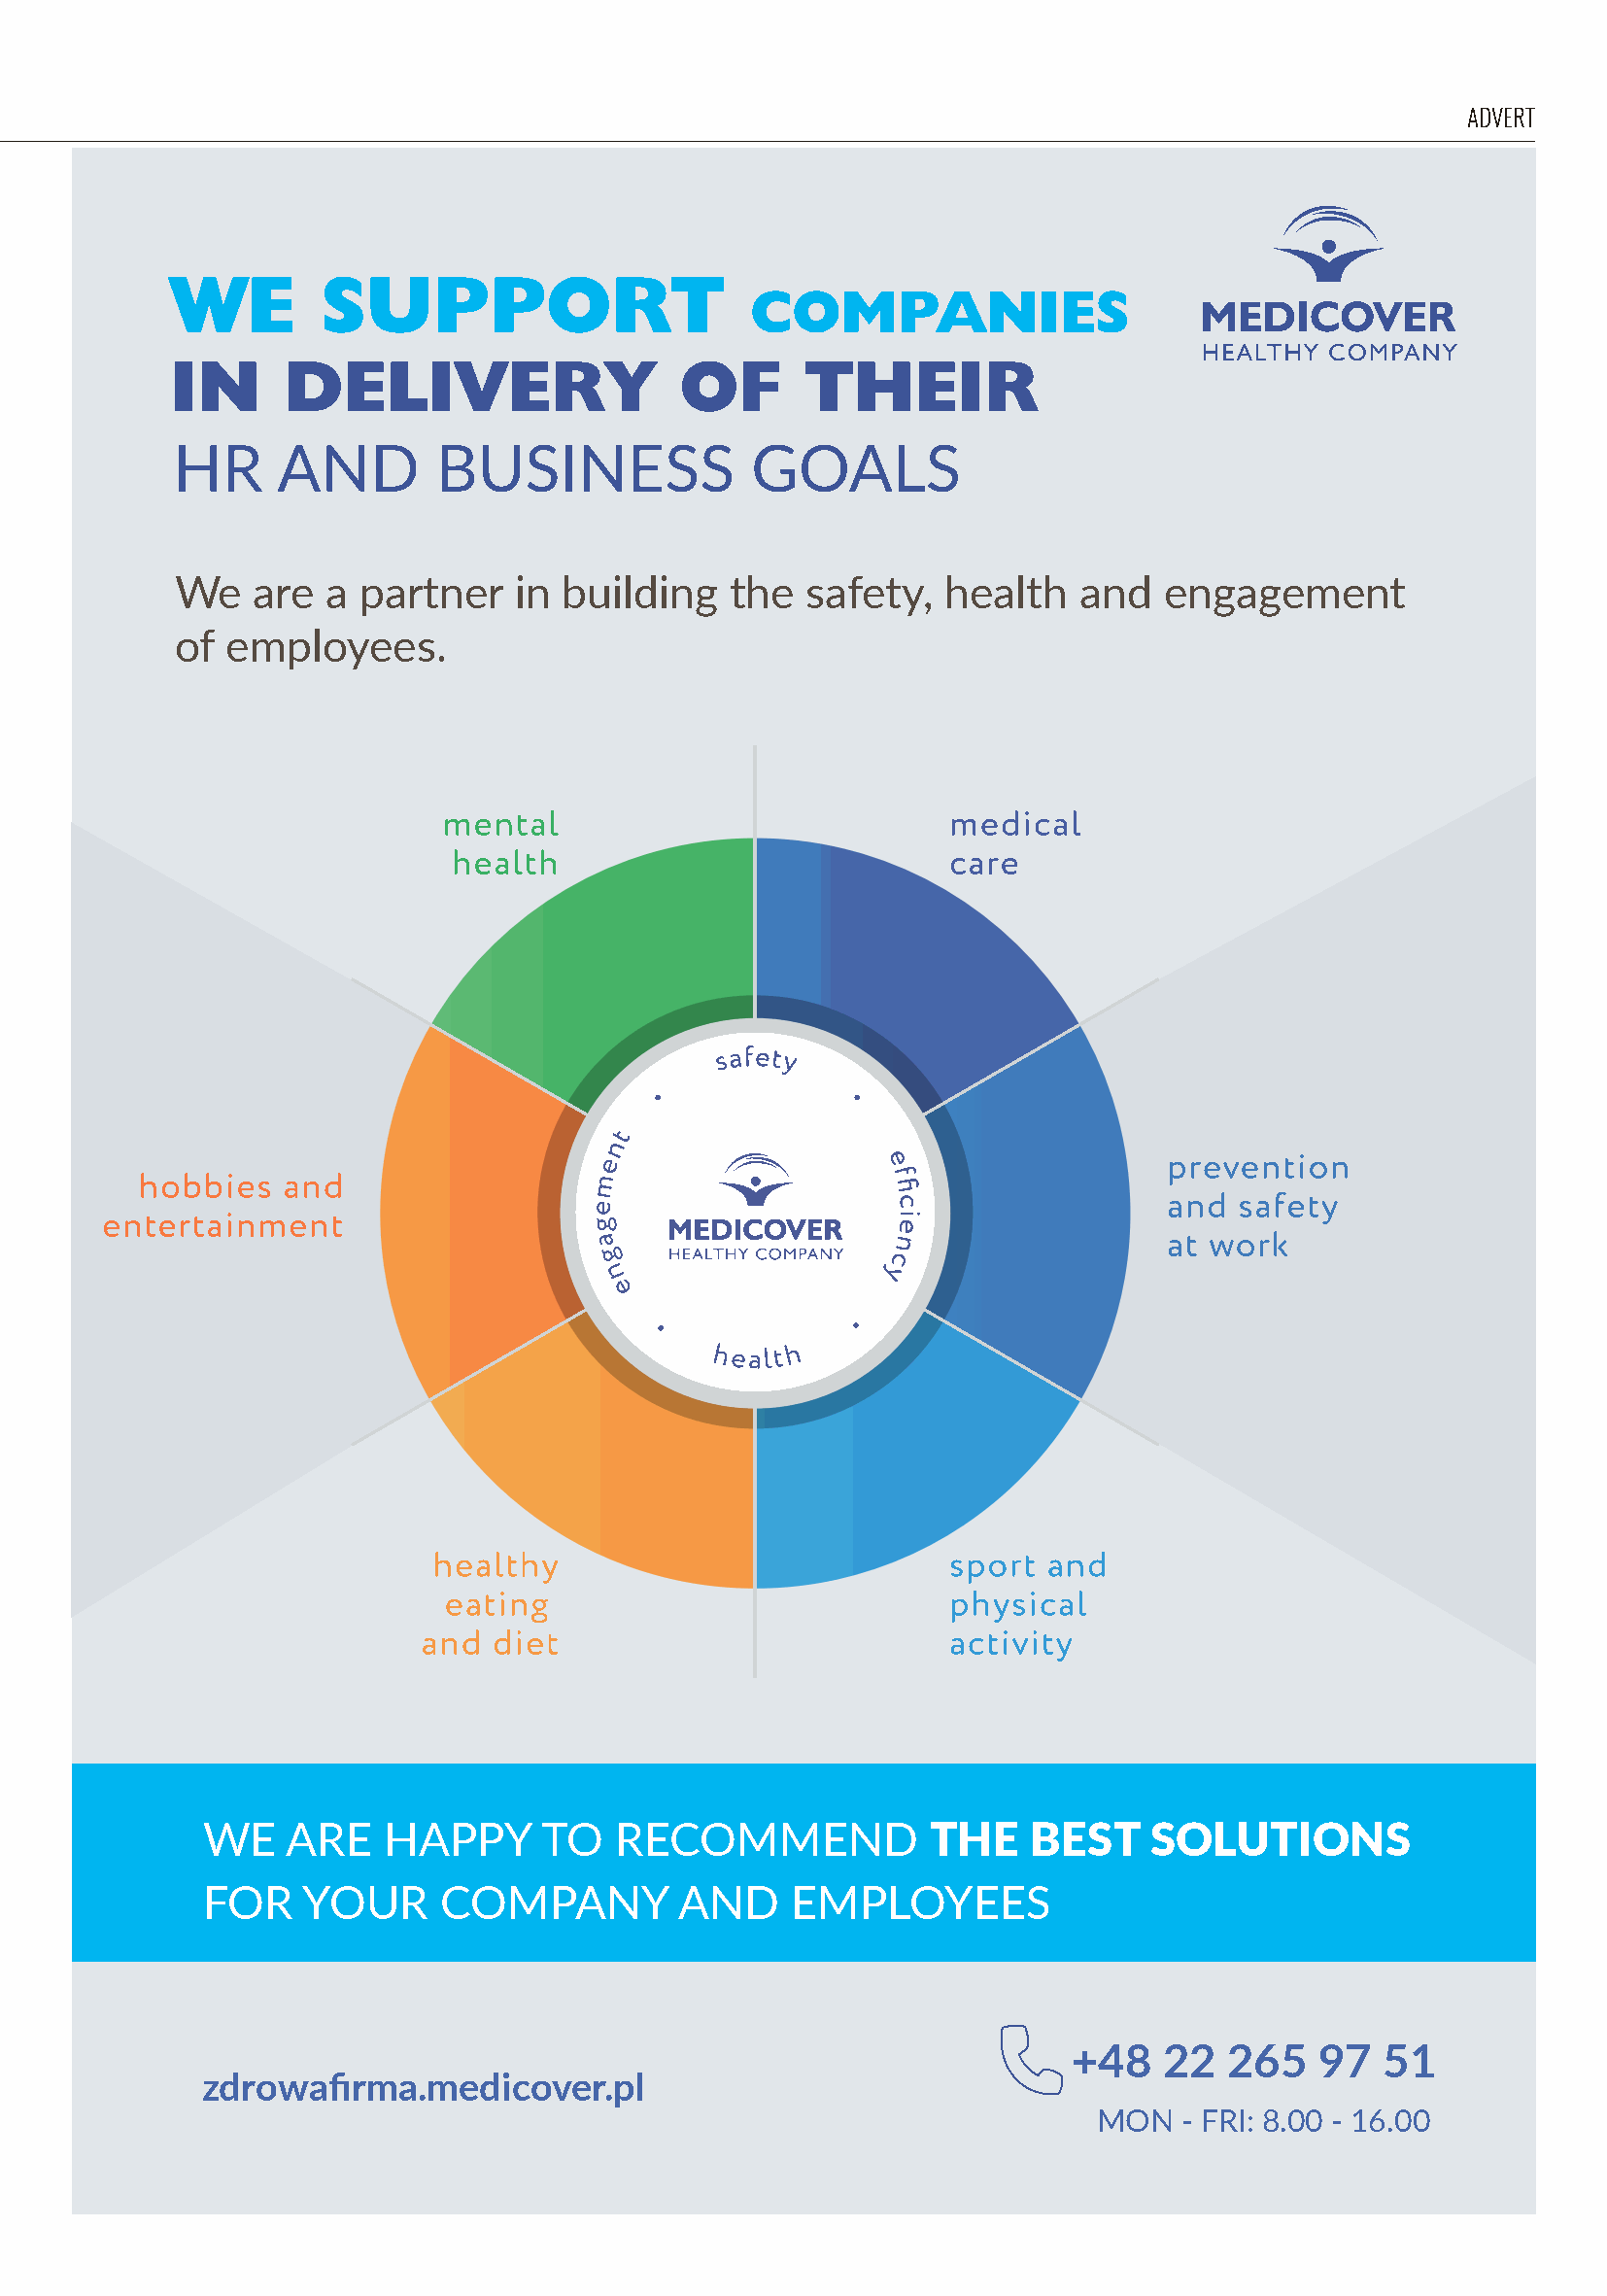
Advert
 WE        SUPPORT
 COMPANIES
 IN     DELIVERY                   OF       THEIR
 HR     AND        BUSINESS             GOALS
 We   are  a  partner   in building    the  safety,  health    and  engagement
 of employees.
 WE    ARE   HAPPY      TO   RECOMMEND            THE    BEST    SOLUTIONS
 FOR    YOUR     COMPANY         AND     EMPLOYEES
 +48   22   265   97  51
 zdrowafirma.medicover.pl
 MON   - FRI: 8.00 - 16.00